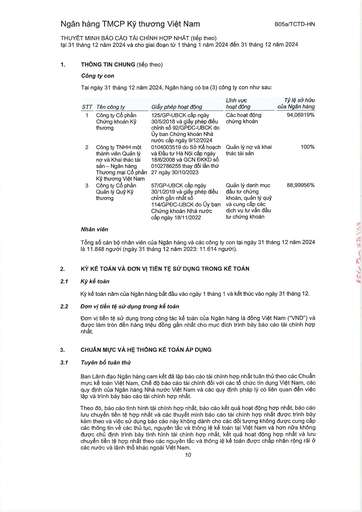
|STT|Tên công ty|Giấy phép hoạt động|Lĩnh vực hoạt động|Tỷ lệ sở hữu của Ngân hàng| |---|---|---|---|---| |1|Công ty Cổ phần Chứng khoán Kỹ thương|125/GP-UBCK cấp ngày 30/5/2018 và giấy phép điều chỉnh số 92/GPDC-UBCK do Ủy ban Chứng khoán Nhà nước cấp ngày 9/12/2024|Các hoạt động chứng khoán|94,06919%| |2|Công ty TNHH một thành viên Quản lý Nợ và Khai thác tài sản - Ngân hàng Thương mại Cổ phần Kỹ thương Việt Nam|0104003519 do Sở Kế hoạch và Đầu tư Hà Nội cấp ngày 18/6/2008 và GCN ĐKKD số 0102786255 thay đổi lần thứ 27 ngày 30/10/2023|Quản lý nợ và khai thác tài sản|100%| |3|Công ty Cổ phần Quản lý Quỹ Kỹ thương|57/GP-UBCK cấp ngày 30/1/2019 và giấy phép điều chỉnh gần nhất số 114/GPDC-UBCK do Ủy ban Chứng khoán Nhà nước cấp ngày 18/11/2022|Quản lý danh mục đầu tư chứng khoán, quản lý quỹ và cung cấp các dịch vụ tư vấn đầu tư chứng khoán|88,99956%|